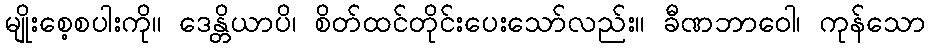
မျိုးစေ့စပါးကို။ ဒေန္တိယာပိ၊ စိတ်ထင်တိုင်းပေးသော်လည်း။ ခီဏဘာဝေါ၊ ကုန်သော